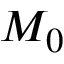
M _ { 0 }